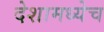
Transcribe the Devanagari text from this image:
देशामध्येच